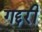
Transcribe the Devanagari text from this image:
गद्दरी